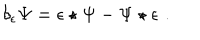
\delta _ { \epsilon } \Psi = \epsilon \star \Psi - \Psi \star \epsilon \, \, .